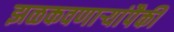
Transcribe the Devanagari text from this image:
झळकवणार्‍यांपैकी